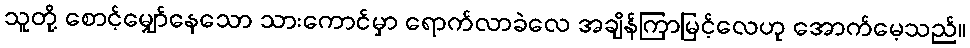
သူတို့ စောင့်မျှော်နေသော သားကောင်မှာ ရောက်လာခဲလေ အချိန်ကြာမြင့်လေဟု အောက်မေ့သည်။